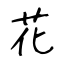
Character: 花